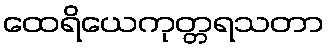
ထေရိယေကုတ္တရသတာ